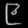
Digit: ၉